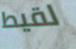
لقيط